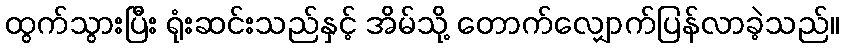
ထွက်သွားပြီး ရုံးဆင်းသည်နှင့် အိမ်သို့ တောက်လျှောက်ပြန်လာခဲ့သည်။